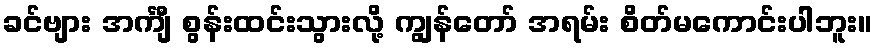
ခင်ဗျား အင်္ကျီ စွန်းထင်းသွားလို့ ကျွန်တော် အရမ်း စိတ်မကောင်းပါဘူး။